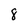
Character: 8